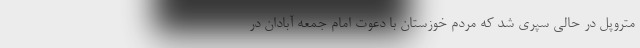
متروپل در حالی سپری شد که مردم خوزستان با دعوت امام جمعه آبادان در